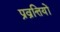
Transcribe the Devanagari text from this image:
प्रव्रत्तियों